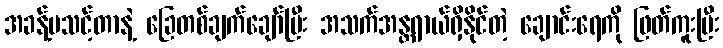
အခန့်မသင့်တာနဲ့ ခြေတစ်ချက်ချော်ပြီး အသက်အန္တရာယ်ရှိနိုင်တဲ့ ချောင်းရေကို ဖြတ်ကူးပြီး